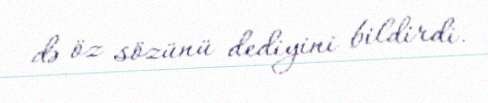
də öz sözünü dediyini bildirdi.